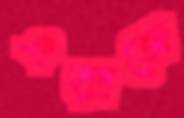
এক্সজে